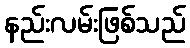
နည်းလမ်းဖြစ်သည်